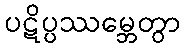
ပဋိပ္ပဿမ္ဘေတွာ